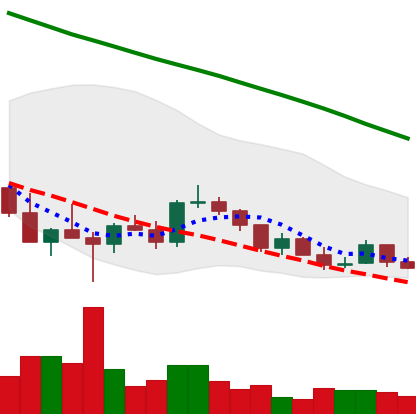
Ticker: ADA-USD
Chart end date: 2022-03-11
Forward return: 6.107%
Label: up_5_7